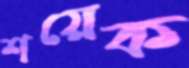
শয়েক